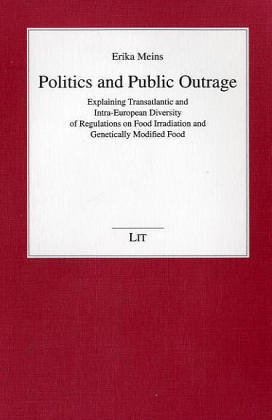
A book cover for Politics and Public Outrage: Explaining Transatlantic and Intra-European Diversity of Regulations on Food Irradiation and Genetically Modified Food (Politikwissenschaft); Erika Meins; Health, Fitness & Dieting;